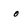
Character: o